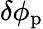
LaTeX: \delta\phi_{\mathrm{p}}